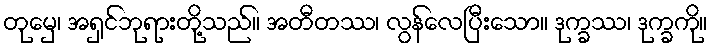
တုမှေ၊ အရှင်ဘုရားတို့သည်။ အတီတဿ၊ လွန်လေပြီးသော။ ဒုက္ခဿ၊ ဒုက္ခကို။